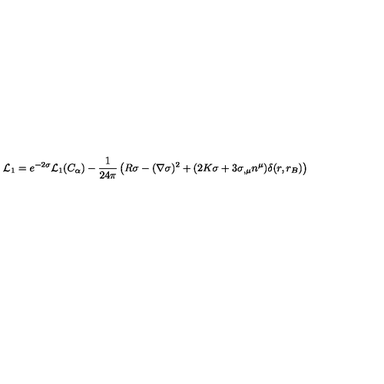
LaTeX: { \cal L } _ { 1 } = e ^ { - 2 \sigma } { \cal L } _ { 1 } ( C _ { \alpha } ) - { \frac { 1 } { 2 4 \pi } } \left( R \sigma - ( \nabla \sigma ) ^ { 2 } + ( 2 K \sigma + 3 \sigma _ { , \mu } n ^ { \mu } ) \delta ( r , r _ { B } ) \right)